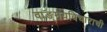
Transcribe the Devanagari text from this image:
वाङ्मयविचाराची